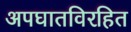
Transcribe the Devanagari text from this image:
अपघातविरहित